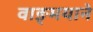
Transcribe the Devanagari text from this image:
वाङ्मयाने